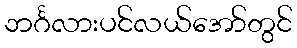
ဘင်္ဂလားပင်လယ်အော်တွင်